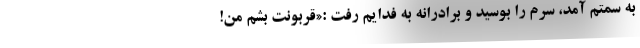
به سمتم آمد، سرم را بوسید و برادرانه به فدایم رفت :«قربونت بشم من!